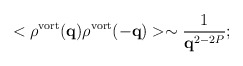
\begin{align*}<\rho^{\rm vort} ({\bf q}) \rho^{\rm vort}({\bf -q})> \sim\frac{1}{{\bf q}^{2-2P}} ;\end{align*}